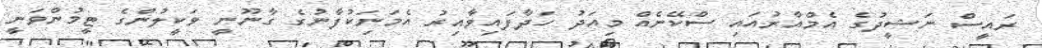
ރައީސް ނަޝީދުގެ އެމްއާރުއައި ސްކޭނެއް މިއަދު ހަދާފައިވާއިރު އެމަނަިކުފާނުގެ ގާނޫނީ ވަކީލުންގެ ޓީމުންވަނީ